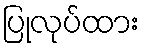
ပြုလုပ်ထား